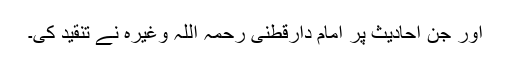
اور جن احادیث پر امام دارقطنی رحمہ اللہ وغیرہ نے تنقید کی۔